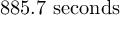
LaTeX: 8 8 5 . 7 \ \mathrm { s e c o n d s }